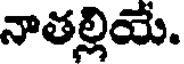
నాతల్లియే.